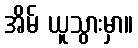
အိမ် ယူသွားမှာ။